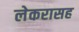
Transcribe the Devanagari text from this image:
लेकरासह